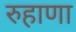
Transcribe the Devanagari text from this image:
रुहाणा